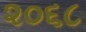
૨૦૬૮